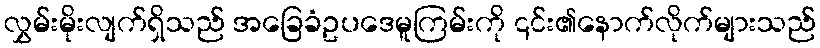
လွှမ်းမိုးလျက်ရှိသည် အခြေခံဥပဒေမူကြမ်းကို ၎င်း၏နောက်လိုက်များသည်